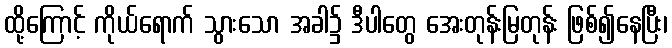
ထို့ကြောင့် ကိုယ်ရောက် သွားသော အခါ၌ ဒီပါတွေ အေးတုန်းမြတုန်း ဖြစ်၍နေပြီး၊